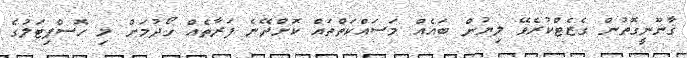
ޤާނޫނީގޮތުން ގެޒެޓްކުރެވޭ ލިޔުން ބައެއް މަސައްކަތްތައް ކޮށްދޭނެ ފަރާތެއް ހޯދުމަށް މި ހޮސްޕިޓަލުގެ